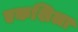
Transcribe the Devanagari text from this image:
एकशिला